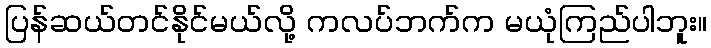
ပြန်ဆယ်တင်နိုင်မယ်လို့ ကလပ်ဘက်က မယုံကြည်ပါဘူး။